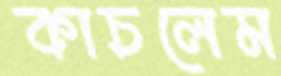
কাচলেম